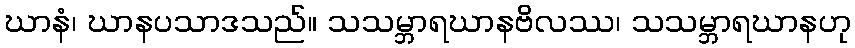
ဃာနံ၊ ဃာနပသာဒသည်။ သသမ္ဘာရဃာနဗိလဿ၊ သသမ္ဘာရဃာနဟု